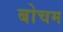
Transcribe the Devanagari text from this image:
बोचम